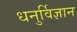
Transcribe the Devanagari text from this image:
धनुर्विज्ञान